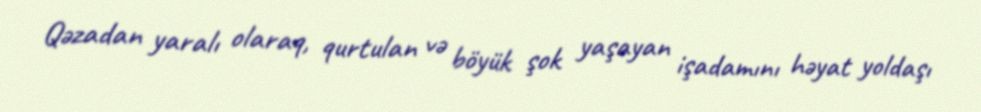
Qəzadan yaralı olaraq, qurtulan və böyük şok yaşayan işadamını həyat yoldaşı